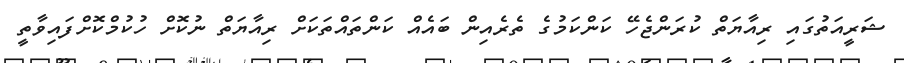
ޝަރީއަތުގައި ރިއާޔަތް ކުރަންޖެހޭ ކަންކަމުގެ ތެރެއިން ބައެއް ކަންތައްތަކަށް ރިއާޔަތް ނުކޮށް ހުކުމްކޮށްފައިވާތީ